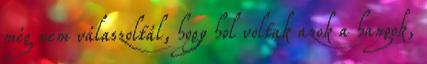
még nem válaszoltál, hogy hol voltak azok a hangok,